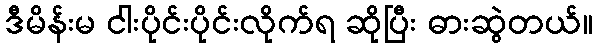
ဒီမိန်းမ ငါးပိုင်းပိုင်းလိုက်ရ ဆိုပြီး ဓားဆွဲတယ်။